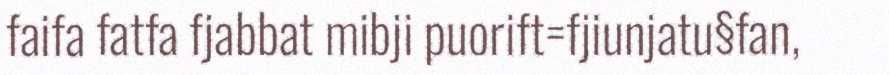
faifa fatfa fjabbat mibji puorift=fjiunjatu§fan,